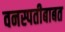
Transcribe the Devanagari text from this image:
वनस्पतीबाबत